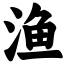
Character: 渔